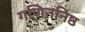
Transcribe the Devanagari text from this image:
गणितनिष्ठ